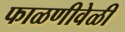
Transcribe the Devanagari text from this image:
फाळणीवेळी